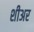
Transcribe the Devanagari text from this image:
शीअर